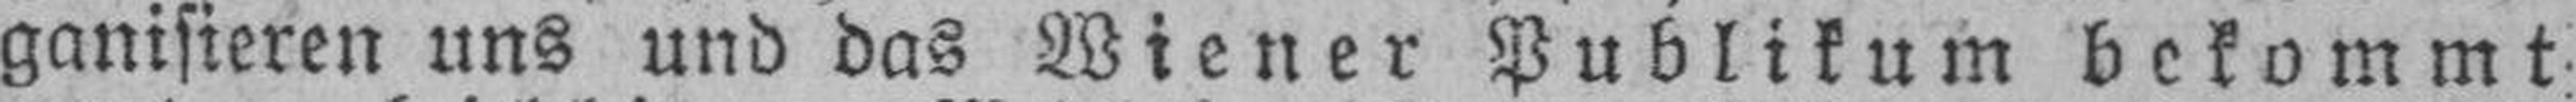
ganisieren uns und das Wiener Publikum bekommt: